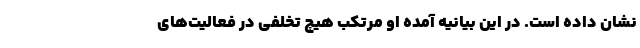
نشان داده است. در این بیانیه آمده او مرتکب هیچ تخلفی در فعالیت‌های